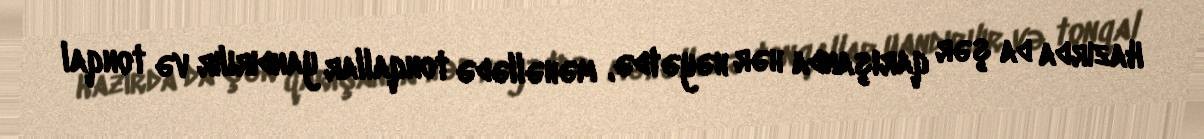
Hazırda da şər qarışanda hər həyətdə, məhəllədə tonqallar yandırılır və tonqal